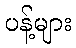
ပန့်များ